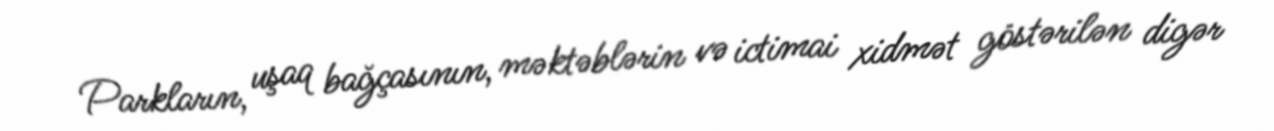
Parkların, uşaq bağçasının, məktəblərin və ictimai xidmət göstərilən digər